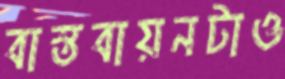
বাস্তবায়নটাও